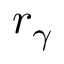
r _ { \gamma }